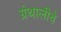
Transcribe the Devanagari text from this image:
ग्रंथालीचे